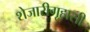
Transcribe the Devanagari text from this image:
शेजारीगृहासी